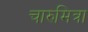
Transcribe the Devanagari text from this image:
चारुमित्रा